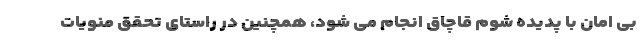
بی امان با پدیده شوم قاچاق انجام می شود، همچنین در راستای تحقق منویات